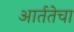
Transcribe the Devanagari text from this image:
आर्ततेचा